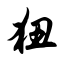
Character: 狃